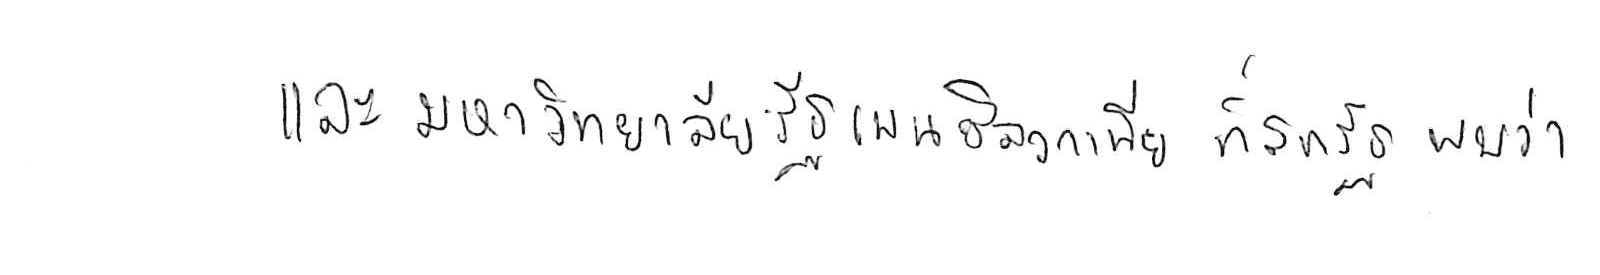
และมหาวิทยาลัยรัฐเพนซิลวาเนีย ที่สหรัฐ พบว่า